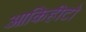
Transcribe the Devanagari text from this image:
आकिहीटो